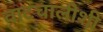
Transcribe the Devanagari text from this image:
वाटचालीशी